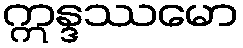
ဣန္ဒဿမော